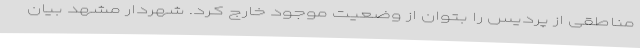
مناطقی از پردیس را بتوان از وضعیت موجود خارج کرد. شهردار مشهد بیان